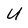
Character: U